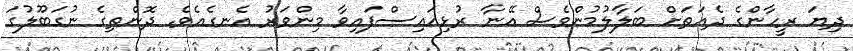
ދިޔަ ރީހާންގެ ދެއަތަށް ބަލާލުމުންވެސް އޭނާ ރުޅިއައިސްފައިވާ މިންވަރު އެނގެއެވެ. ދޮންތިގެ ނުގަބޫލުގަ